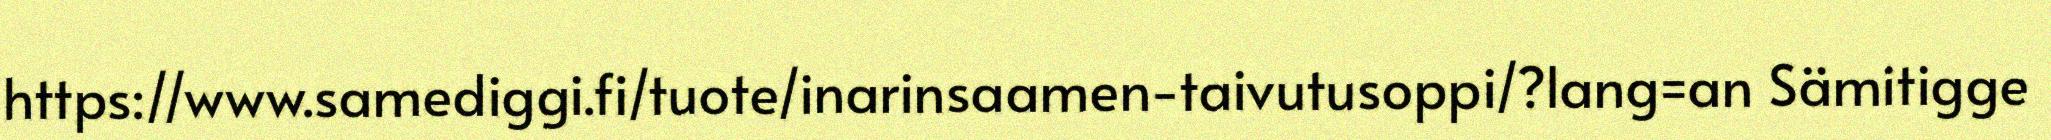
https://www.samediggi.fi/tuote/inarinsaamen-taivutusoppi/?lang=an Sämitigge